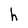
Character: h